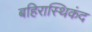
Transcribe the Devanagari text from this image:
बहिरास्थिकंद